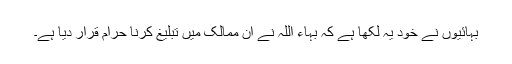
بہائیوں نے خود یہ لکھا ہے کہ بہاء اللہ نے ان ممالک میں تبلیغ کرنا حرام قرار دیا ہے۔